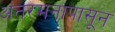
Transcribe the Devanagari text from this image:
अंतरमनापासून